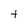
Character: t